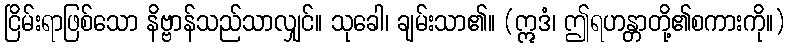
ငြိမ်းရာဖြစ်သော နိဗ္ဗာန်သည်သာလျှင်။ သုခေါ၊ ချမ်းသာ၏။ (ဣဒံ၊ ဤရဟန္တာတို့၏စကားကို။)